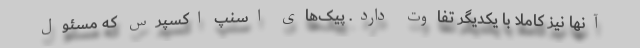
آنها نیز کاملا با یکدیگر تفاوت دارد. پیک‌های اسنپ اکسپرس که مسئول